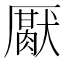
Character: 𰆪